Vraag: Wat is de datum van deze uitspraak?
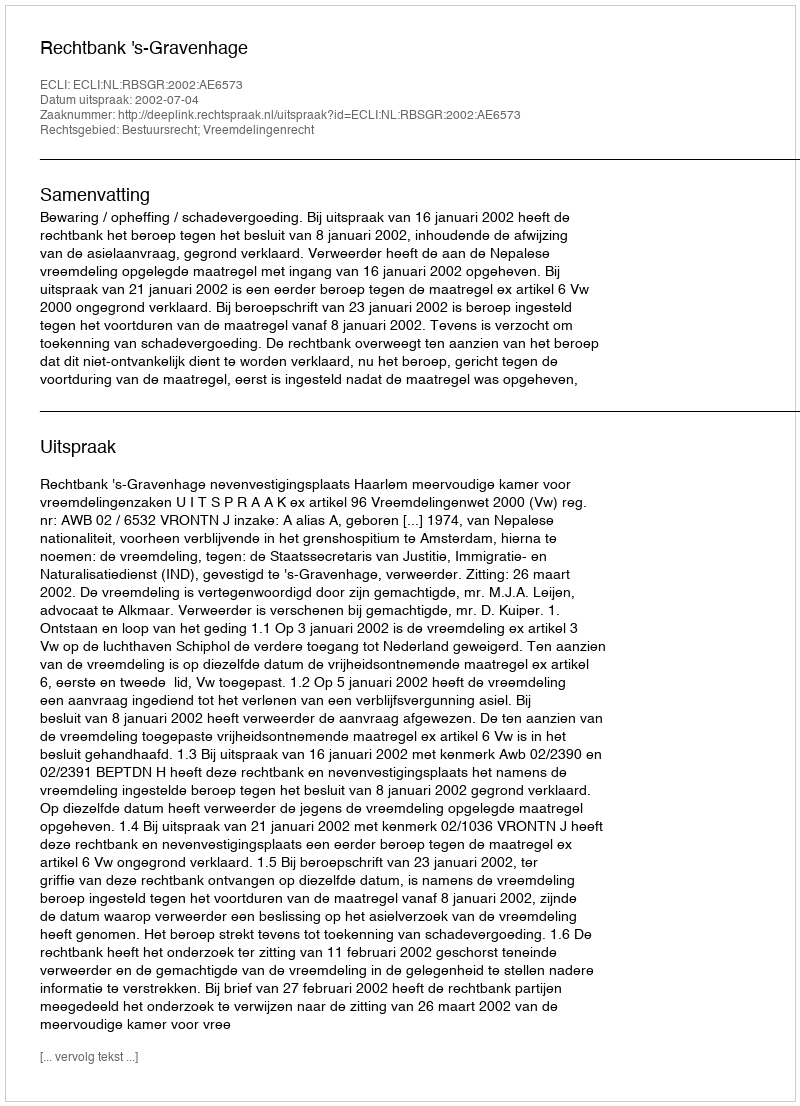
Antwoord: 2002-07-04